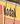
kodak